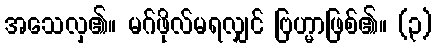
အသေလှ၏။ မဂ်ဖိုလ်မရလျှင် ဗြဟ္မာဖြစ်၏။ (၃)